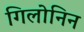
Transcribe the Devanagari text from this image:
गिलोनिन